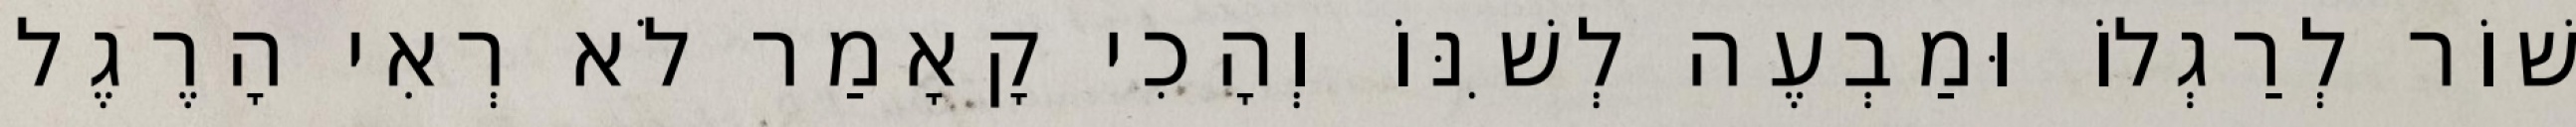
שׁוֹר לְרַגְלוֹ וּמַבְעֶה לְשִׁנּוֹ וְהָכִי קָאָמַר לֹא רְאִי הָרֶגֶל